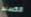
الكسندر